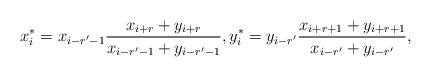
LaTeX: \begin{align*} x_i^*=x_{i-r'-1} \frac{x_{i+r}+y_{i+r}}{x_{i-r'-1}+y_{i-r'-1}},y_i^*=y_{i-r'} \frac{x_{i+r+1}+y_{i+r+1}}{x_{i-r'}+y_{i-r'}},\end{align*}